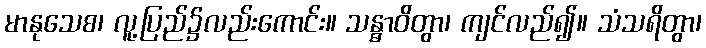
မာနုသေစ၊ လူ့ပြည်၌လည်းကောင်း။ သန္ဓာဝိတွာ၊ ကျင်လည်၍။ သံသရိတွာ၊